Malaria in the Duars
Disease focus: Malaria
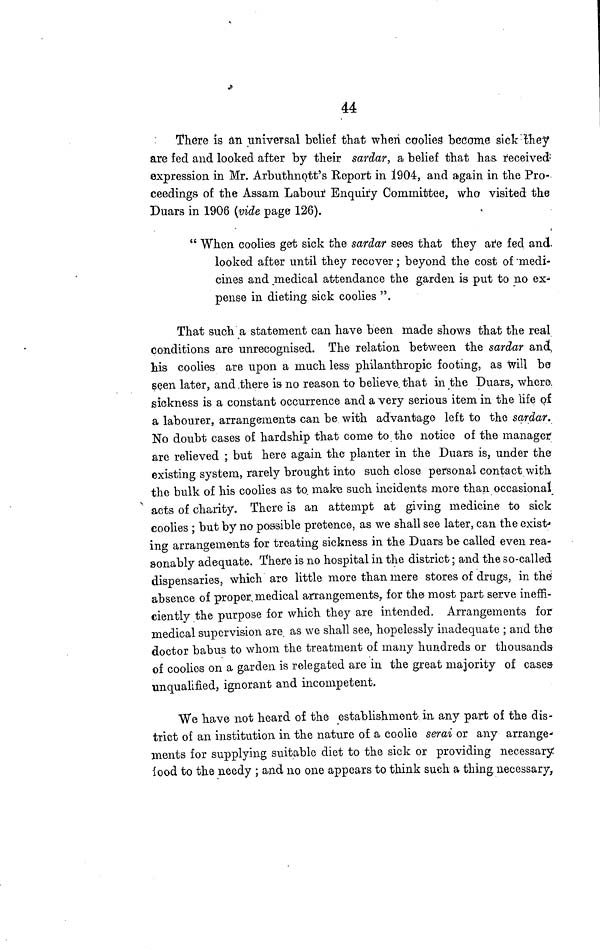
44
There is an universal belief that when coolies become sick they
are fed and looked after by their sardar, a belief that has received
expression in Mr. Arbuthnott's Report in 1904, and again in the Pro-
ceedings of the Assam Labour Enquiry Committee, who visited the
Duars in 1906 (vide page 126).
" When coolies get sick the sardar sees that they are fed and.
looked after until they recover; beyond the cost of medi-
cines and medical attendance the garden is put to no ex-
pense in dieting sick coolies ".
That such a statement can have been made shows that the real
conditions are unrecognised. The relation between the sardar and,
his coolies are upon a much less philanthropic footing, as will be
seen later, and there is no reason to believe that in the Duars, where
sickness is a constant occurrence and a very serious item in the life of
a labourer, arrangements can be with advantage left to the sardar.
No doubt cases of hardship that come to the notice of the manager
are relieved ; but here again the planter in the Duars is, under the
existing system, rarely brought into such close personal contact with
the bulk of his coolies as to. make such incidents more than occasional
acts of charity. There is an attempt at giving medicine to sick
coolies ; but by no possible pretence, as we shall see later, can the exist--
ing arrangements for treating sickness in the Duars be called even rea-
sonably adequate. There is no hospital in the district; and the so-called
dispensaries, which are little more than mere stores of drugs, in the
absence of proper medical arrangements, for the most part serve ineffi-
ciently the purpose for which they are intended. Arrangements for
medical supervision are as we shall see, hopelessly inadequate ; and the
doctor babus to whom the treatment of many hundreds or thousands
of coolies on a garden is relegated are in the great majority of cases
unqualified, ignorant and incompetent.
We have not heard of the establishment in any part of the dis-
trict of an institution in the nature of a coolie serai or any arrange-
ments for supplying suitable diet to the sick or providing necessary
food to the needy ; and no one appears to think such a thing necessary,